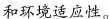
和环境适应性。